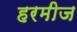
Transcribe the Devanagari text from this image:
हरमीज